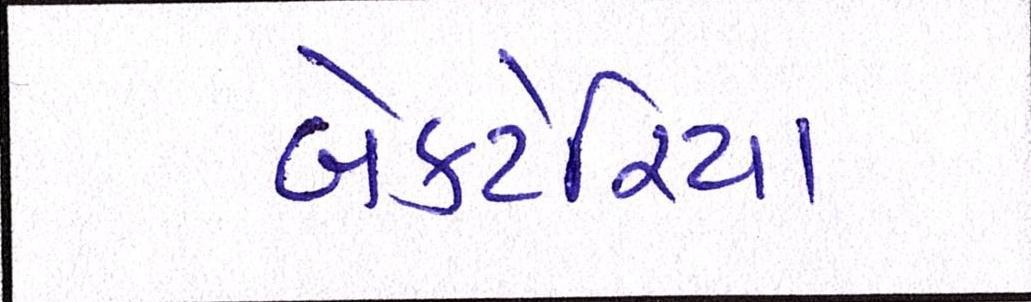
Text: બેક્ટેરિયા